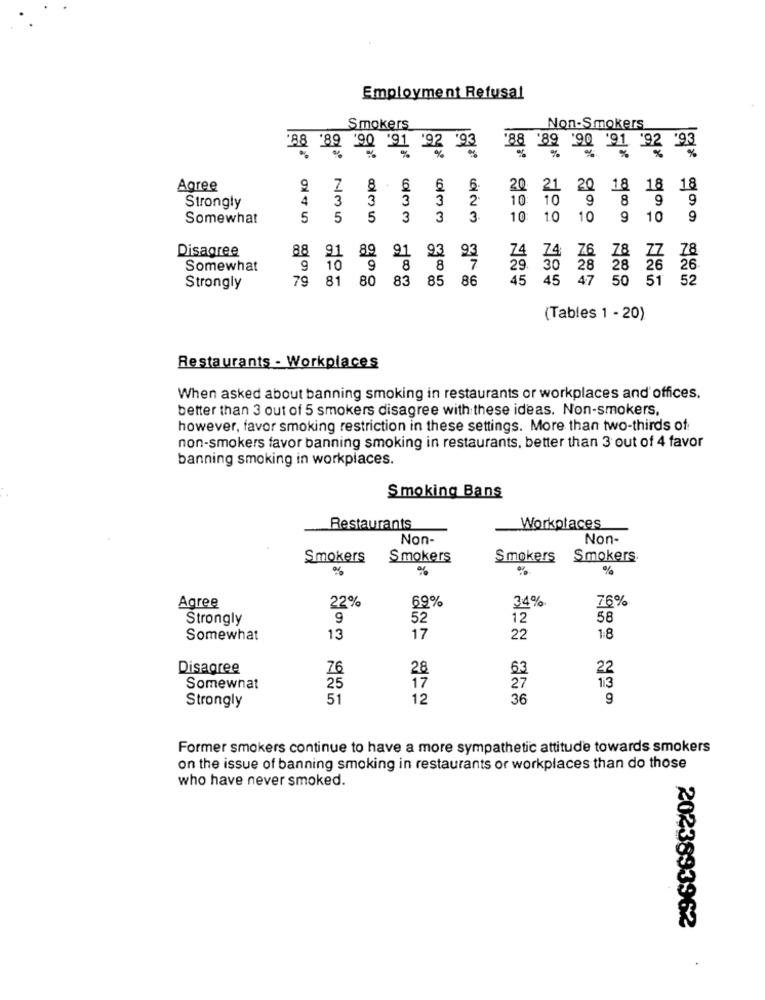
Employment Refusal
Smokers_
Non-Smokers
88 89 '90 '91 92 93
18×
Agree
9
Z 8 6
6
6
20
21
20 18 18 18
4
10
10
9
Strongly
Somewhat
5
5
5
3 3 3
10 10 10 9 10
9
Disagree
88
89
78 ZZ 78
91
91 93 93
74 76
Somewhat
9
9
8
8
7
29.
30
28
28 26 26
79
81
80
83
85
86
45 45 47
50 51 52
Strongly
(Tables 1 - 20)
Restaurants - Workplaces
When asked about banning smoking in restaurants or workplaces and offices.
better than 3 out of 5 smokers disagree with these ideas. Non-smokers,
however, favor smoking restriction in these settings. More than two-thirds of
non-smokers favor banning smoking in restaurants, better than 3 out of 4 favor
banning smoking in workplaces.
Smoking Bans
Restaurants
Workplaces
Non-
Non-
Smokers
Smokers
Smokers
Smokers.
%
Agree
22%
69%
34%
76%
Strongly
9
52
12
58
Somewhat
13
17
22
18
Disagree
76
28
63
17
27
Somewnat
25
51
12
36
9
Strongly
Former smokers continue to have a more sympathetic attitude towards smokers
on the issue of banning smoking in restaurants or workplaces than do those
who have never smoked.
2023893962